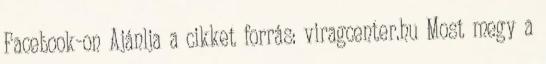
Facebook-on Ajánlja a cikket forrás: viragcenter.hu Most megy a